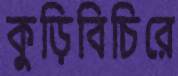
কুড়িবিচিরে